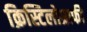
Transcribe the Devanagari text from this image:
क्रिस्टिलोग्राफी